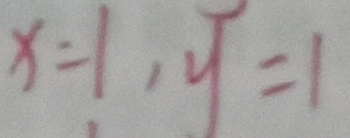
x = 1 , y = 1